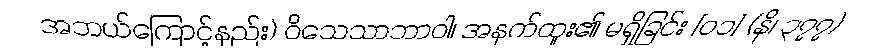
အဘယ်ကြောင့်နည်း) ဝိသေသာဘာဝါ၊ အနက်ထူး၏ မရှိခြင်း [၀၁] (နိ၊ ၃၇၇)